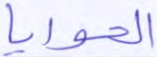
الحوايا